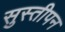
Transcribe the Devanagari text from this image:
सुस्तीपन